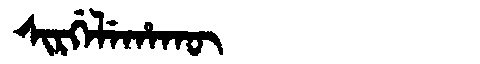
Manchu: ᠰᡳᡵᡤᡝᠯᡝᡥᠠᡴᡡ
Romanization: SIRGELEHAKŪ